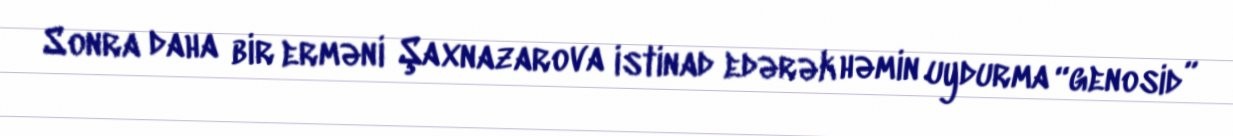
Sonra daha bir erməni Şaxnazarova istinad edərək həmin uydurma “genosid”